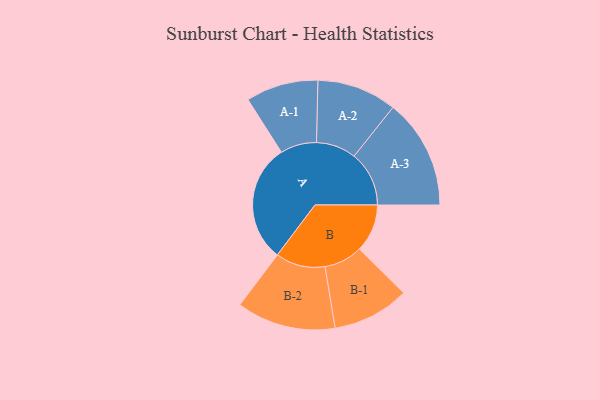
{"axis": {"x": "Segment", "y": "Value"}, "legend": ["", "A", "B"], "data": [{"x": "A", "y": 415, "type": ""}, {"x": "B", "y": 168, "type": ""}, {"x": "A-1", "y": 127, "type": "A"}, {"x": "A-2", "y": 140, "type": "A"}, {"x": "A-3", "y": 193, "type": "A"}, {"x": "B-1", "y": 135, "type": "B"}, {"x": "B-2", "y": 174, "type": "B"}]}